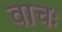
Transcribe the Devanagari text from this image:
वाचः